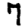
Digit: 7